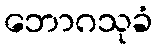
ဘောဂသုခံ